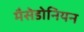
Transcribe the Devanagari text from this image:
मैसेडोनियन